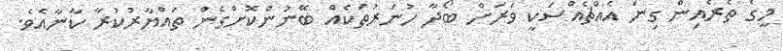
މީގެ ތެރެއިން ގިނަ އެއްޗެއްސަކީ ވަރަށް ބޯދާ ހުނަރުތަކެއް ބޭނުންކޮށްގެން ތައްޔާރުކުރާ ކާނާއެވެ.